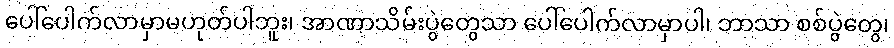
ပေါ်ပေါက်လာမှာမဟုတ်ပါဘူး၊ အာဏာသိမ်းပွဲတွေသာ ပေါ်ပေါက်လာမှာပါ၊ ဘာသာ စစ်ပွဲတွေ၊